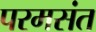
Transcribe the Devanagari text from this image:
परमसंत